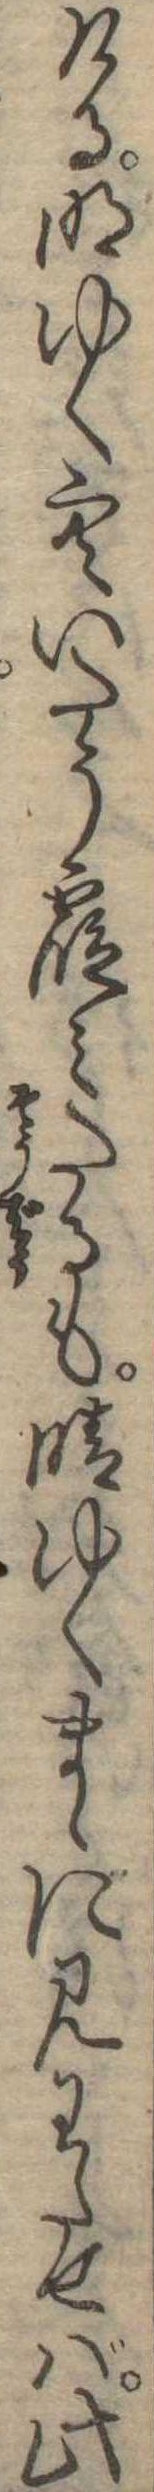
ける明ゆく空いたう霞みたるも晴ゆくまゝに見わたせば此